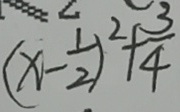
( x - \frac { 1 } { 2 } ) ^ { 2 } + \frac { 3 } { 4 }